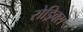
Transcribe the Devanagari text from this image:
रोड्रिक्स